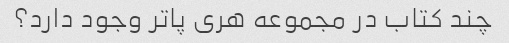
چند کتاب در مجموعه هری پاتر وجود دارد؟